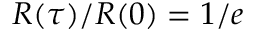
R ( \tau ) / R ( 0 ) = 1 / e